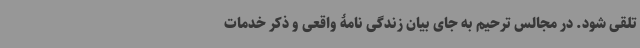
تلقی شود. در مجالس ترحیم به جای بیان زندگی نامۀ واقعی و ذکر خدمات